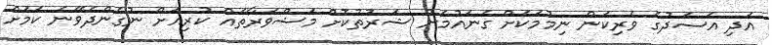
އަދި އަސަދުގެ ވެރިކަން ނިމުމަކަށް ގެނައުމަށް ޝަރުތުކޮށް މަޝްވަރާތައް ކުރިއަށް ނުގެންދެވޭނެ ކަމަށް